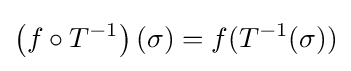
\left(f\circ T^{-1}\right)(\sigma )=f(T^{-1}(\sigma ))